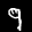
Label: 9